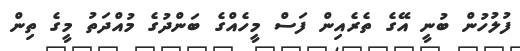
ފުލުހުން ބުނީ އޭގެ ތެރެއިން ފަސް މީހެއްގެ ބަންދުގެ މުއްދަތު މީގެ ތިން